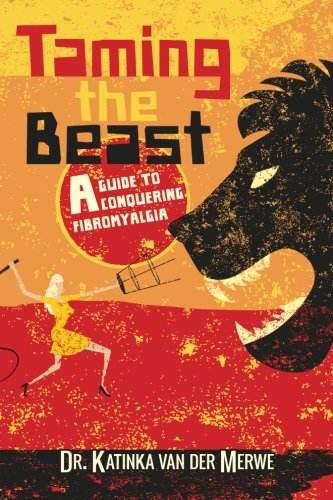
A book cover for Taming the Beast: A Guide to Conquering Fibromyalgia; Dr. Katinka van der Merwe; Health, Fitness & Dieting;